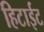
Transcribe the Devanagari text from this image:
हिटाईट